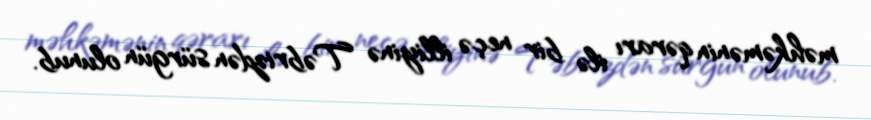
məhkəmənin qərarı ilə bir neçə illiyinə Təbrizdən sürgün olunub.